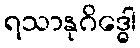
ရသာနုဂိဒ္ဓေါ